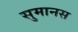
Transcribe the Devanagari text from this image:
सुमानस